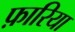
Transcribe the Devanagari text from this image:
फ़ारिया